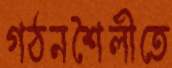
গঠনশৈলীতে